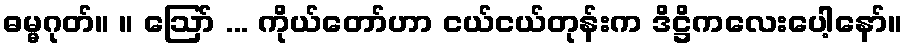
ဓမ္မဂုတ်။ ။ ဩော် ... ကိုယ်တော်ဟာ ငယ်ငယ်တုန်းက ဒိဋ္ဌိကလေးပေါ့နော်။